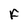
Character: F